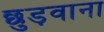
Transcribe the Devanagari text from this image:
छुड़वाना